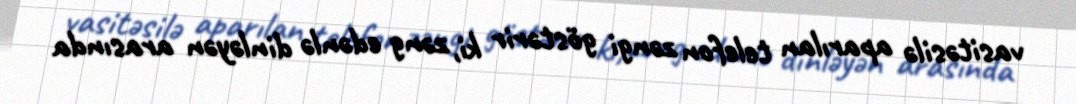
vasitəsilə aparılan telefon zəngi göstərir ki, zəng edənlə dinləyən arasında